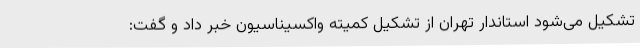
تشکیل می‌شود استاندار تهران از تشکیل کمیته واکسیناسیون خبر داد و گفت: